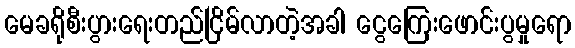
မေခရိုစီးပွားရေးတည်ငြိမ်လာတဲ့အခါ ငွေကြေးဖောင်းပွမှုရော